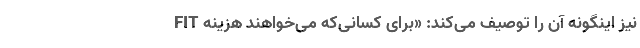
FIT نیز اینگونه آن را توصیف می‌کند: «برای کسانی‌که می‌خواهند هزینه